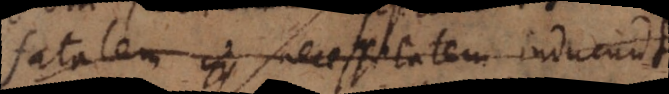
fatalem necessitatem inducunt.